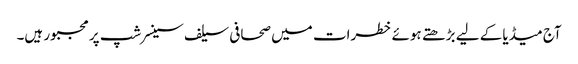
آج میڈیا کے لیے بڑھتے ہوئے خطرات میں صحافی سیلف سینسرشپ پر مجبور ہیں۔